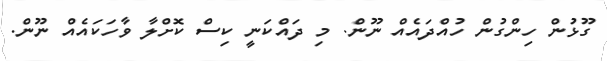
ގޫޅުން ހިންގުން ހުއްދައެއް ނޫން. މި ދައްކަނީ ކިސް ކޮށްލާ ވާހަކައެއް ނޫން.